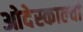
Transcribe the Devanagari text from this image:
ओदेस्काल्ची